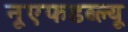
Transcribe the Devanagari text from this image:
नूएफडब्ल्यू